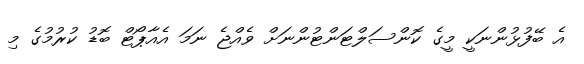
އެ ބޭފުޅުންނަކީ މީގެ ކޮންސަލްޓަންޓުންނަށް ވެއްޖެ ނަމަ އެއާޕޯޓް ބޮޑު ކުރުމުގެ މި